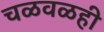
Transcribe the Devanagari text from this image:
चळवळही